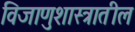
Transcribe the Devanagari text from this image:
विजाणुशास्त्रातील